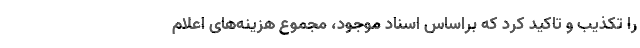
را تکذیب و تاکید کرد که براساس اسناد موجود، مجموع هزینه‌های اعلام